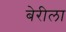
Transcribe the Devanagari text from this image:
बेरीला